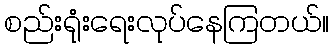
စည်းရုံးရေးလုပ်နေကြတယ်။